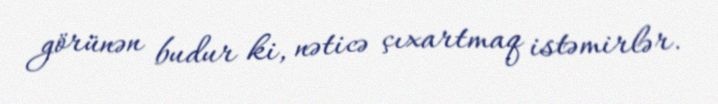
görünən budur ki, nəticə çıxartmaq istəmirlər.